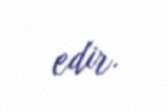
edir.